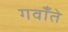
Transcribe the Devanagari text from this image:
गवाँते